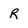
Character: R